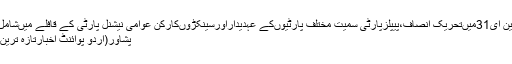
این ای31میںتحریک انصاف،پیپلزپارٹی سمیت مختلف پارٹیوںکے عہدیداراورسینکڑوںکارکن عوامی نیشنل پارٹی کے قافلے میںشامل
پشاور(اُردو پوائنٹ اخبارتازہ ترین۔